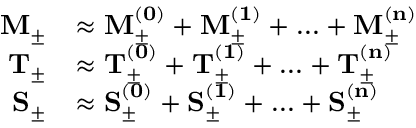
\begin{array} { r l } { \mathbf { M _ { \pm } } } & { \approx \mathbf { M _ { \pm } ^ { ( 0 ) } } + \mathbf { M _ { \pm } ^ { ( 1 ) } } + \ldots + \mathbf { M _ { \pm } ^ { ( n ) } } } \\ { \mathbf { T _ { \pm } } } & { \approx \mathbf { T _ { \pm } ^ { ( 0 ) } } + \mathbf { T _ { \pm } ^ { ( 1 ) } } + \ldots + \mathbf { T _ { \pm } ^ { ( n ) } } } \\ { \mathbf { S _ { \pm } } } & { \approx \mathbf { S _ { \pm } ^ { ( 0 ) } } + \mathbf { S _ { \pm } ^ { ( 1 ) } } + \ldots + \mathbf { S _ { \pm } ^ { ( n ) } } } \end{array}